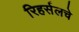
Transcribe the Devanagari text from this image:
रिहर्सलचे